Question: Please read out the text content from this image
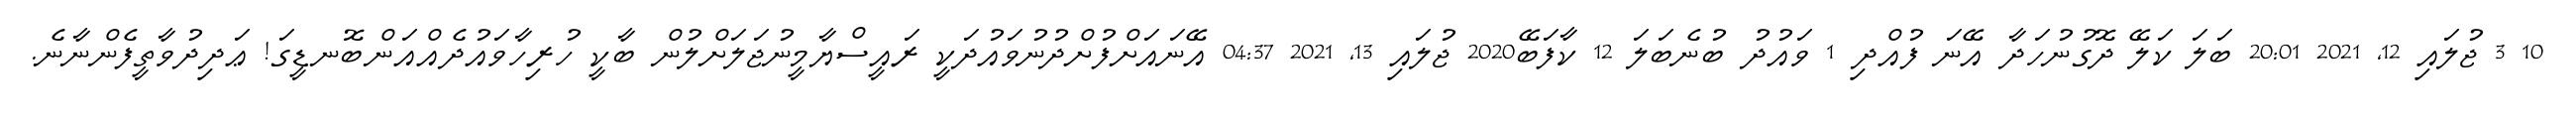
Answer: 10 3 ޖުލައި 12, 2021 20:01 ބަލަ ކަލޭ ދޮގުނުހަދާ އޭނަ ފުއްދި 1 ވައުދު ބުނެބަލަ 12 ކާފަބޭ2020 ޖުލައި 13, 2021 04:37 އޭނައަށްފުށްދުނުވައުދަކީ ރައީސްޔާމީނުޖަލަށްލުން ބާކީ ހުރިހާވައުދެއްއަންބޮނޑީގަ! ޢަދިދުވާތީފެންނާނެ.